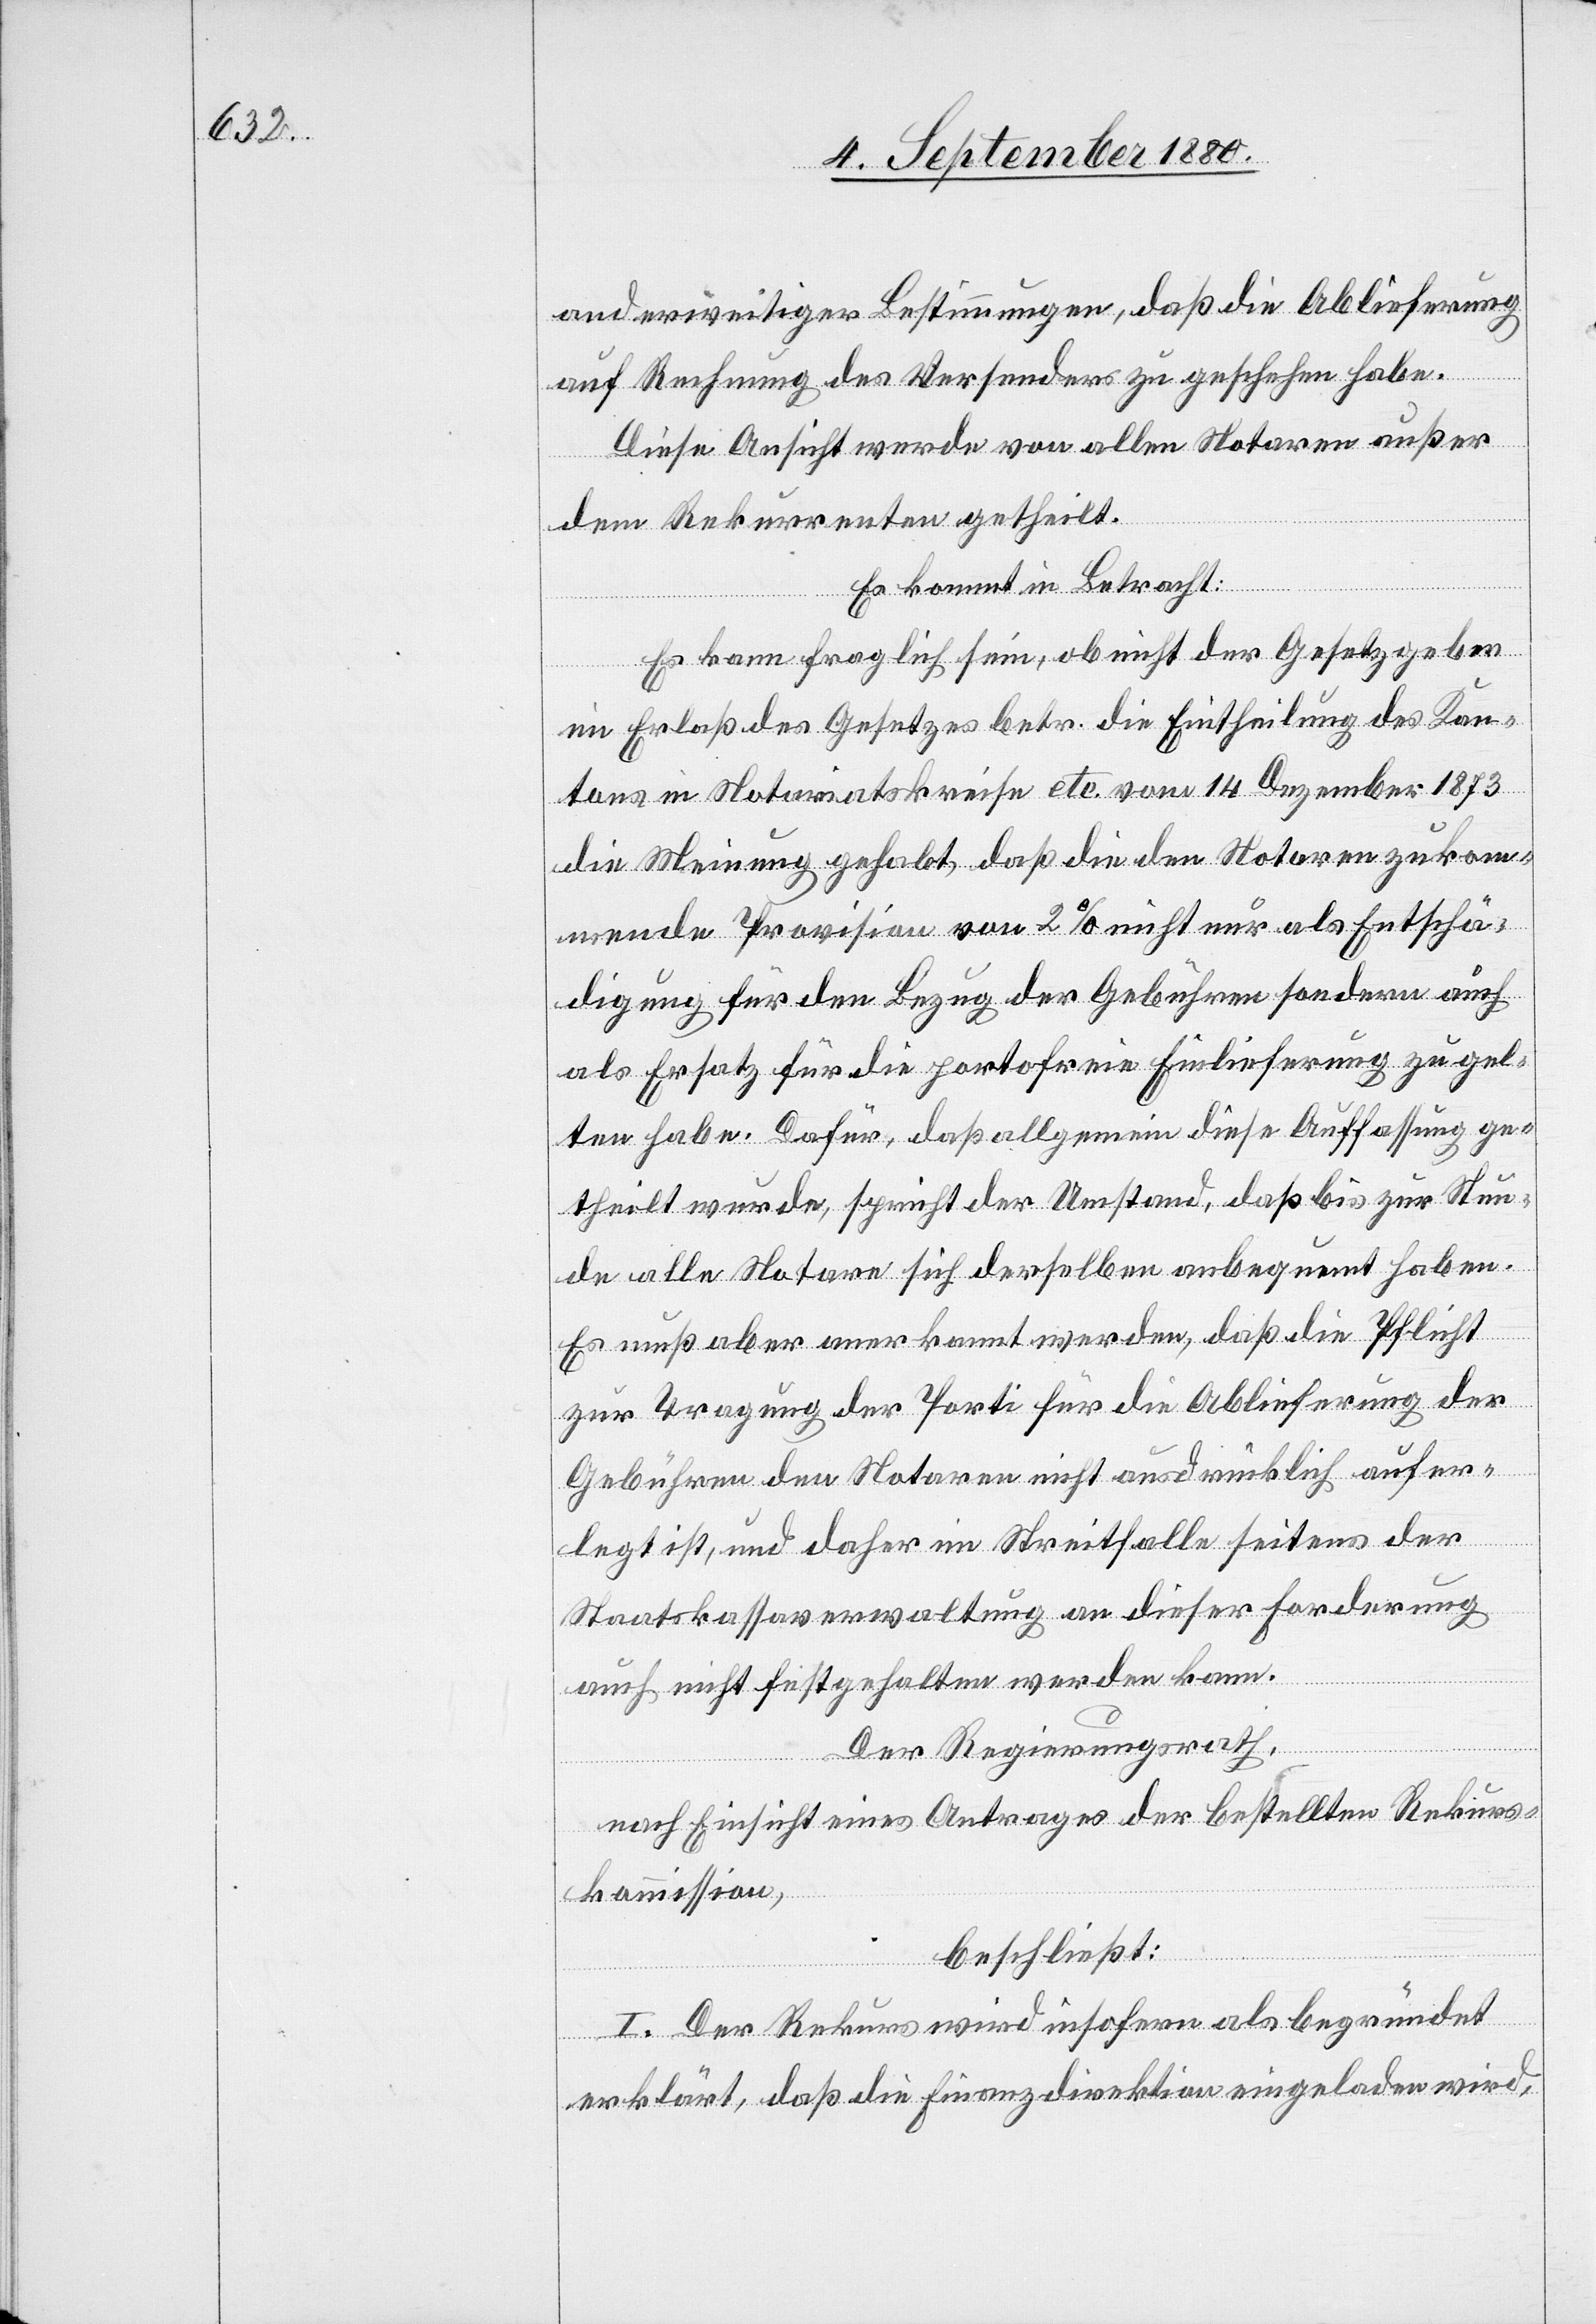
anderweitiger Leistungen, daß die Ablieferung
auf Rechnung des Versenders zu geschehen habe.
Diese Ansicht werde von allen Notaren außer
dem Rekurrenten getheilt.
Es kommt in Betracht:
Es kann fraglich sein, ob nicht der Gesetzgeber
im Erlaß des Gesetzes betr. die Eintheilung des Kan¬
tons in Notariatskreise etc. vom 14. Dezember 1873
die Meinung gehabt, daß die den Notaren zukom¬
mende Provision von 2% nicht nur als Entschä¬
digung für den Bezug der Gebühren sondern auch
als Ersatz für die portofreie Einlieferung zu gel¬
ten habe. Dafür, daß allgemein diese Auffassung ge¬
theilt wurde, spricht der Umstand, daß bis zur Stun¬
de alle Notare sich derselben anbequemt haben.
Es muß aber anerkannt werden, daß die Pflicht
zur Tragung der Porti für die Ablieferung der
Gebühren den Notaren nicht ausdrücklich aufer¬
legt ist, und daher im Streitfalle seitens der
Staatskassaverwaltung an dieser Forderung
auch nicht festgehalten werden kann.
Der Regierungsrath,
nach Einsicht eines Antrages der bestellten Rekurs¬
kommission,
beschließt:
I. Der Rekurs wird insofern als begründet
erklärt, daß die Finanzdirektion eingeladen wird,